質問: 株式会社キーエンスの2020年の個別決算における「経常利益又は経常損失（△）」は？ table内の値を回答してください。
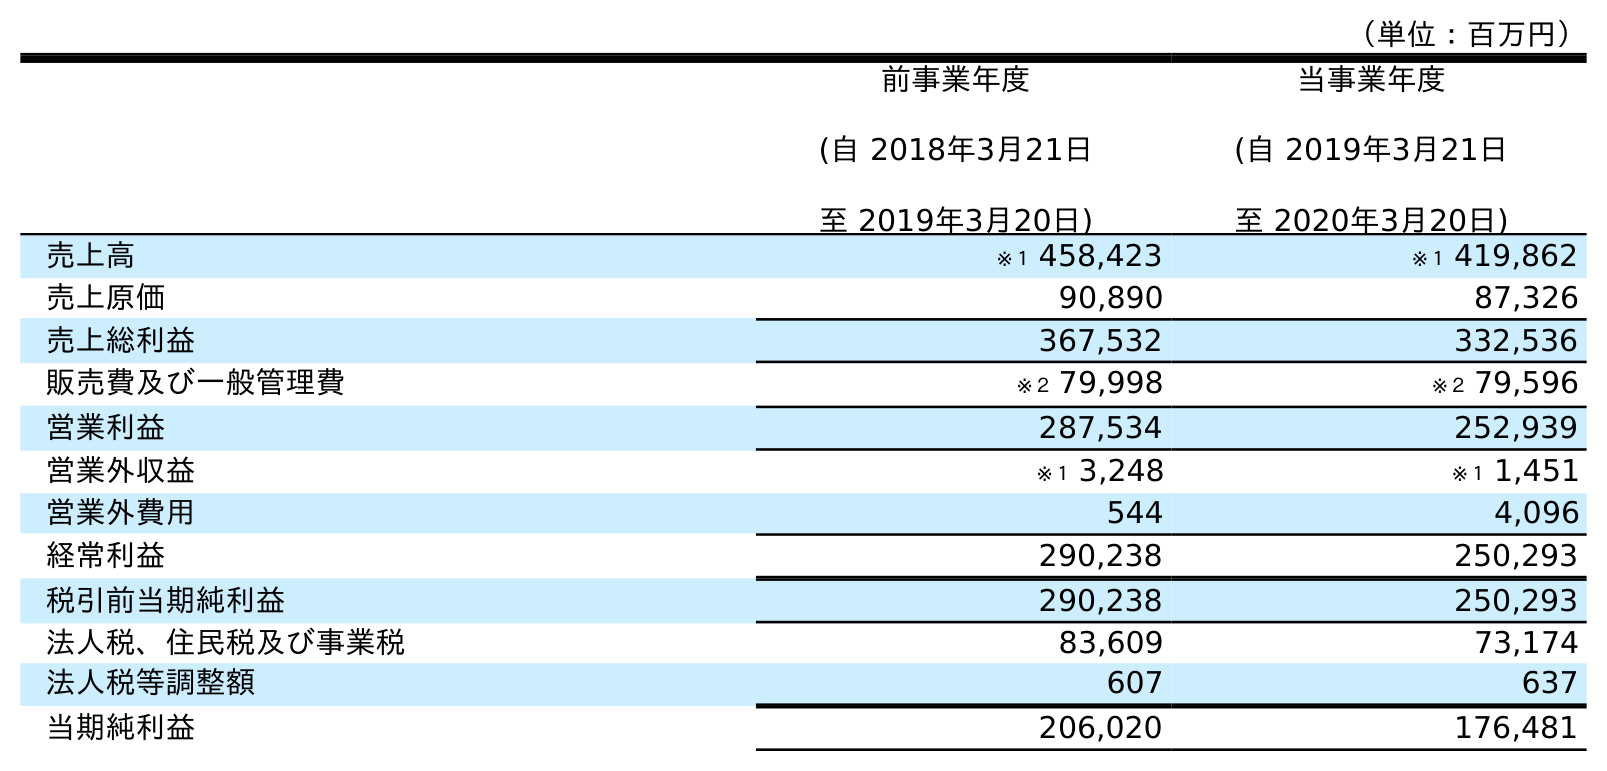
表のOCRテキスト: （単位：百万円） 前事業年度 (自 2018年3月21日 至 2019年3月20日) 当事業年度 (自 2019年3月21日 至 2020年3月20日) 売上高 ※１ 458,423 ※１ 419,862 売上原価 90,890 87,326 売上総利益 367,532 332,536 販売費及び一般管理費 ※２ 79,998 ※２ 79,596 営業利益 287,534 252,939 営業外収益 ※１ 3,248 ※１ 1,451 営業外費用 544 4,096 経常利益 290,238 250,293 税引前当期純利益 290,238 250,293 法人税、住民税及び事業税 83,609 73,174 法人税等調整額 607 637 当期純利益 206,020 176,481
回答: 250,293